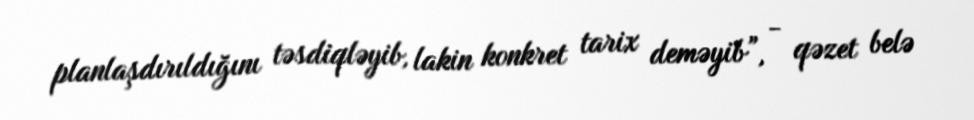
planlaşdırıldığını təsdiqləyib, lakin konkret tarix deməyib”, - qəzet belə